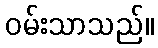
ဝမ်းသာသည်။